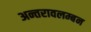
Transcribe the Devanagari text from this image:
अन्तरावलम्बन